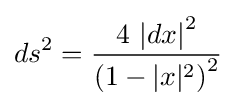
ds^{2}={\frac {4\,\left|dx\right|^{2}}{\left(1-|x|^{2}\right)^{2}}}